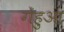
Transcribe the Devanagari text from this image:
गेंहुआ